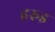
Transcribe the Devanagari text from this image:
हरुइ